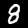
Digit: 8